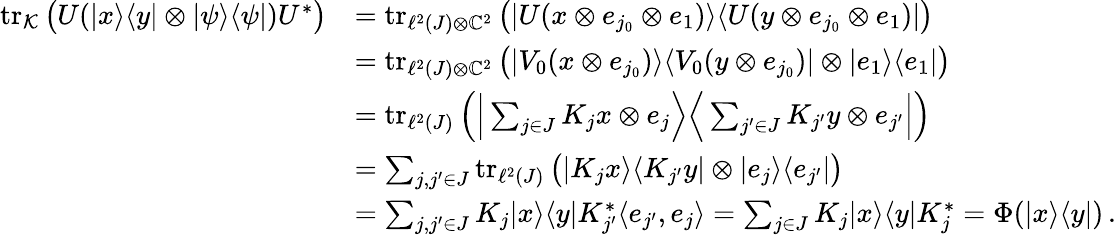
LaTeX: \begin{array}{rl}{\operatorname{tr}_{\mathcal K}\big(U(|x\rangle\langle y|\otimes|\psi\rangle\langle\psi|)U^{*}\big)}&{=\operatorname{tr}_{\ell^{2}(J)\otimes\mathbb C^{2}}\big(|U(x\otimes e_{j_{0}}\otimes e_{1})\rangle\langle U(y\otimes e_{j_{0}}\otimes e_{1})|\big)}\\ &{=\operatorname{tr}_{\ell^{2}(J)\otimes\mathbb C^{2}}\big(|V_{0}(x\otimes e_{j_{0}})\rangle\langle V_{0}(y\otimes e_{j_{0}})|\otimes|e_{1}\rangle\langle e_{1}|\big)}\\ &{=\operatorname{tr}_{\ell^{2}(J)}\Big(\Big|\sum_{j\in J}K_{j}x\otimes e_{j}\Big\rangle\Big\langle\sum_{j^{\prime}\in J}K_{j^{\prime}}y\otimes e_{j^{\prime}}\Big|\Big)}\\ &{=\sum_{j,j^{\prime}\in J}\operatorname{tr}_{\ell^{2}(J)}\big(|K_{j}x\rangle\langle K_{j^{\prime}}y|\otimes|e_{j}\rangle\langle e_{j^{\prime}}|\big)}\\ &{=\sum_{j,j^{\prime}\in J}K_{j}|x\rangle\langle y|K_{j^{\prime}}^{*}\langle e_{j^{\prime}},e_{j}\rangle=\sum_{j\in J}K_{j}|x\rangle\langle y|K_{j}^{*}=\Phi(|x\rangle\langle y|)\, .}\end{array}